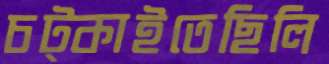
চট্‌কাইতেছিলি